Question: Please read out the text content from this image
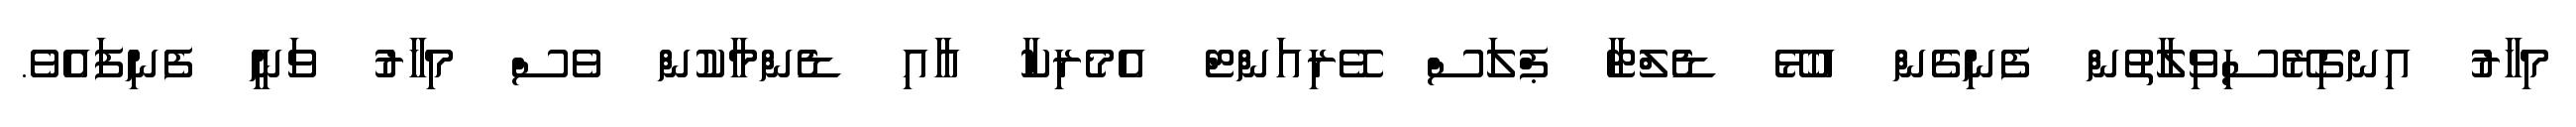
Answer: މިހާރު އިނގިރޭސިވިލާތުން ފެނިގެން އުޅޭ ޑެލްޓާ ޕްލަސް ވޭރިއަންޓް އެމެރިކާ އާއި ޑެންމާކުން ވެސް މިހާރު ވަނީ ފެނިފައެވެ.